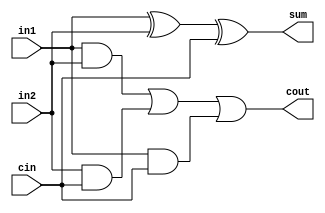
module fa (
    in1,in2,cin,sum,cout
);

    input in1,in2,cin;
    output sum,cout;

    assign sum = in1 ^ in2 ^ cin;
    assign cout = (in1 & in2) | (in2 & cin) | (in1 & cin);
endmodule